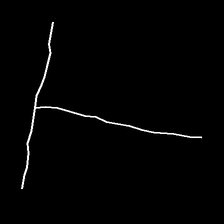
Glyph: column